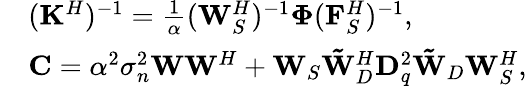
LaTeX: \begin{array}{rl}&{(\mathbf{K}^{H})^{-1}=\frac{1}{\alpha}(\mathbf{W}_{S}^{H})^{-1}\mathbf{\Phi}(\mathbf{F}_{S}^{H})^{-1},}\\ &{\mathbf{C}=\alpha^{2}\sigma_{n}^{2}\mathbf{W}\mathbf{W}^{H}+\mathbf{W}_{S}\mathbf{\tilde{W}}_{D}^{H}\mathbf{D}_{q}^{2}\mathbf{\tilde{W}}_{D}\mathbf{W}_{S}^{H},}\end{array}